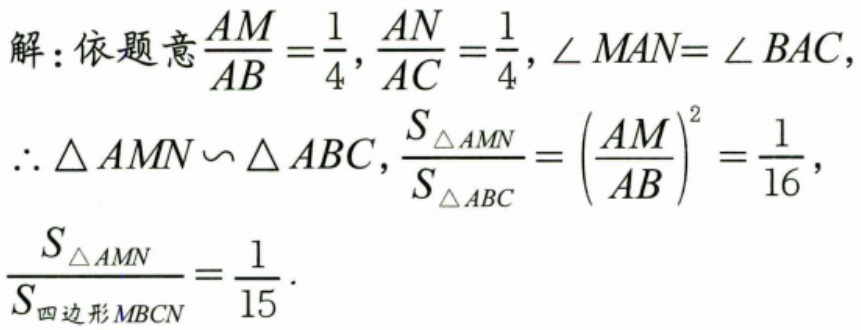
解：依题意$\frac{AM}{AB}=\frac{1}{4},\frac{AN}{AC}=\frac{1}{4},\angle MAN = \angle BAC,$
$\therefore \triangle AMN\backsim\triangle ABC,\frac{S_{\triangle AMN}}{S_{\triangle ABC}} = (\frac{AM}{AB})^2=\frac{1}{16},$
$\frac{S_{\triangle AMN}}{S_{四边形 MBCN}}=\frac{1}{15}.$